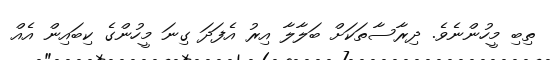
ތިބި މީހުންނެވެ. ދިރާސާތަކަށް ބަލާލާ އިރު އެފަދަ ގިނަ މީހުންގެ ކިބައިން އެއް